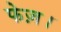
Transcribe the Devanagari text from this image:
फेज़।